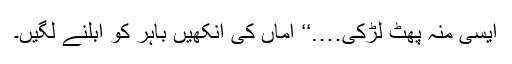
ایسی منہ پھٹ لڑکی….‘‘ اماں کی آنکھیں باہر کو ابلنے لگیں۔